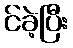
င်ခဲ့ပြီး